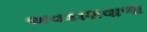
અવકાશવાળા